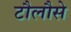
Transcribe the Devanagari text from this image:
टौलौसे